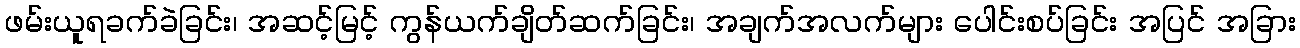
ဖမ်းယူရခက်ခဲခြင်း၊ အဆင့်မြင့် ကွန်ယက်ချိတ်ဆက်ခြင်း၊ အချက်အလက်များ ပေါင်းစပ်ခြင်း အပြင် အခြား